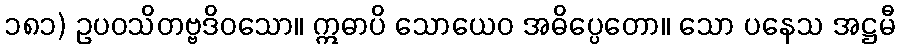
၁၈၁) ဥပဝသိတဗ္ဗဒိဝသော။ ဣဓာပိ သောယေဝ အဓိပ္ပေတော။ သော ပနေသ အဋ္ဌမီ